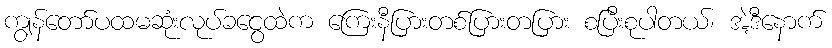
ကျွန်တော်ပထမဆုံးလုပ်ခငွေထဲက ကြေးနီပြားတစ်ပြားတပြား စပြီးစုပါတယ်၊ အဲ့ဒီနောက်